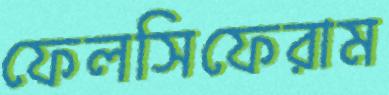
ফেলসিফেরাম